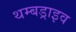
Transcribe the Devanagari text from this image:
थम्बड्राइव